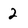
Character: 2